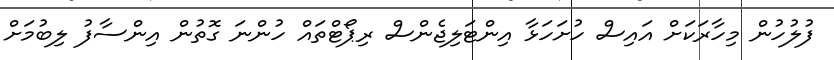
ފުލުހުން މިހާރަކަށް އައިސް ހުށަހަޅާ އިންޓަލިޖެންސް ރިޕޯޓްތައް ހުންނަ ގޮތުން އިންސާފު ލިބުމަށް